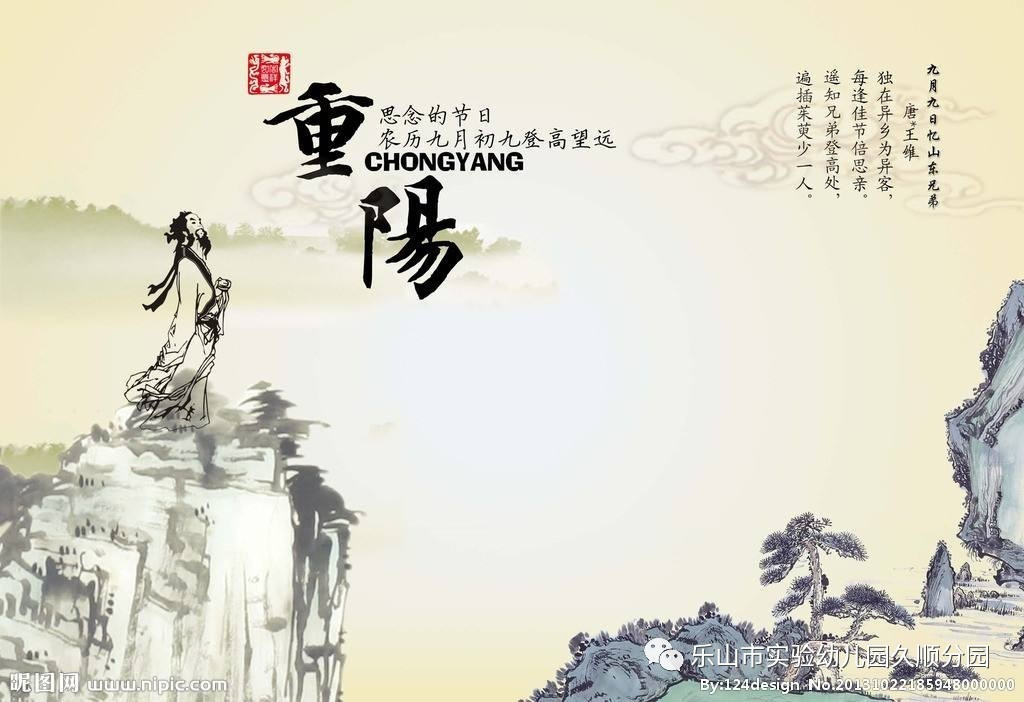
九日明朝酒香，一年好景橙黄。